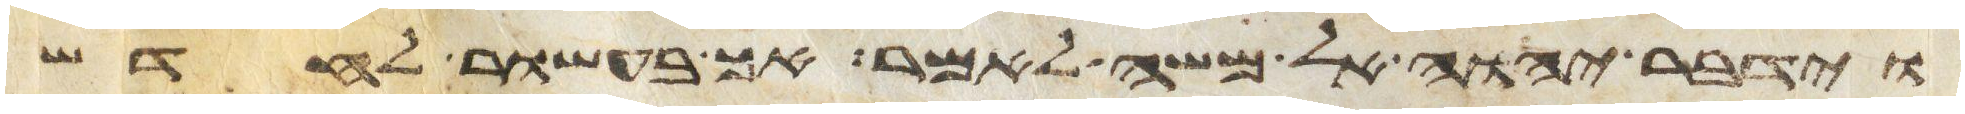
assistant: וידבר יהוה אל משה לאמר אך בעשור לחדש